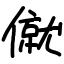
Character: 僦